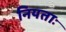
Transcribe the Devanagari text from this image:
नियताः